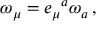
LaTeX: \omega _ { \mu } = e _ { \mu } ^ { \, \, \, \, a } \omega _ { a } \, { , }